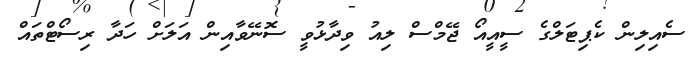
ސެއިލިން ކެޕިޓަލްގެ ސީއީއޯ ޖޭމްސް ލިއު ވިދާޅުވީ ސޮނޭވާއިން އަލަށް ހަދާ ރިސޯޓްތައް